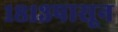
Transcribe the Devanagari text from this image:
१८१३पासून